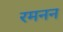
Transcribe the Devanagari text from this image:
रमनन